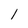
Character: l